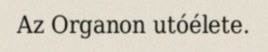
Az Organon utóélete.